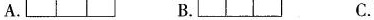
A. B. C.